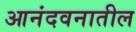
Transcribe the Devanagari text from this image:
आनंदवनातील